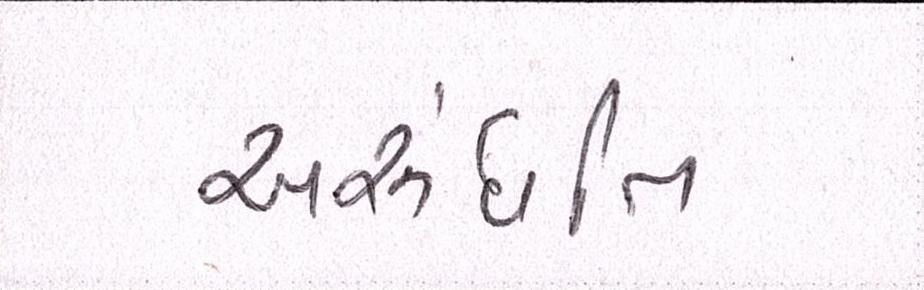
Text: અરુંધતિ